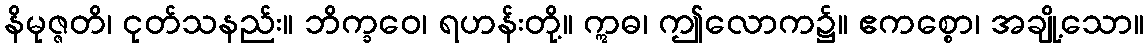
နိမုဇ္ဇတိ၊ ငုတ်သနည်း။ ဘိက္ခဝေ၊ ရဟန်းတို့။ ဣဓ၊ ဤလောက၌။ ဧကစ္စော၊ အချို့သော။